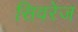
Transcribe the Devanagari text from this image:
सिवरेज